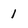
Character: 1